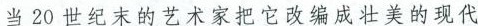
当20世纪末的艺术家把它改编成壮美的现代